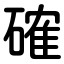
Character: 確